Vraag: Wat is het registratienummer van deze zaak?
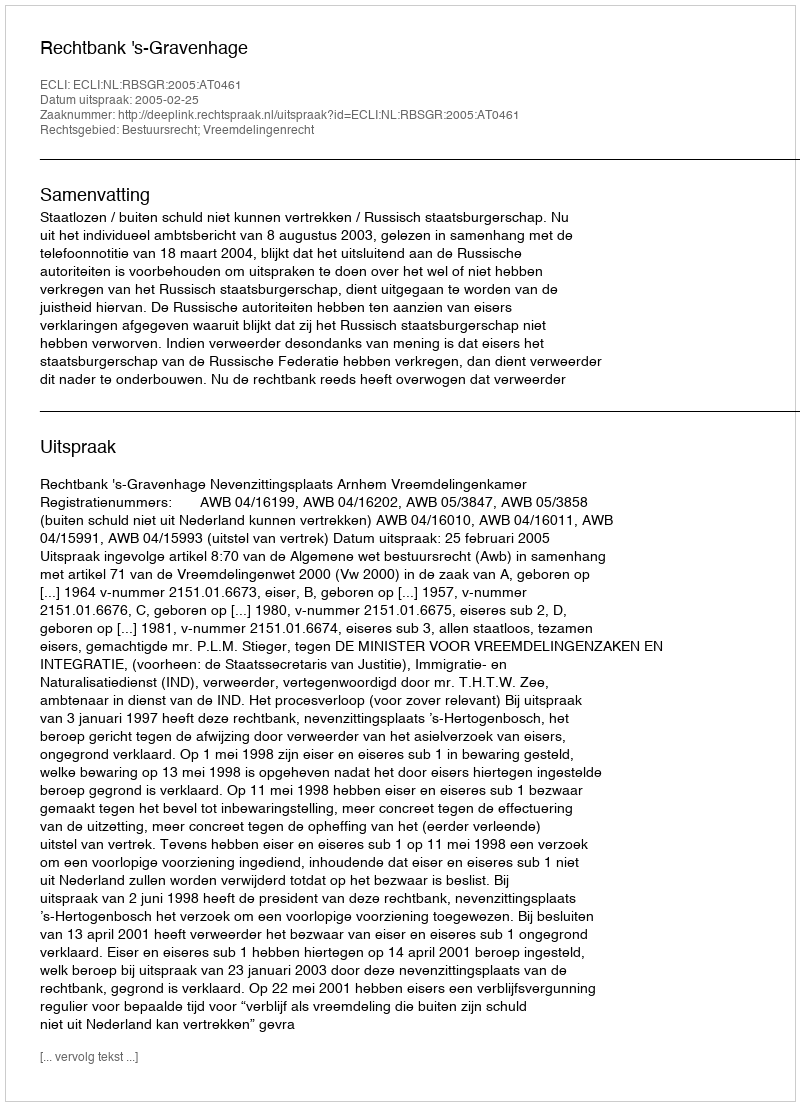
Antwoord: http://deeplink.rechtspraak.nl/uitspraak?id=ECLI:NL:RBSGR:2005:AT0461